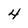
Character: 4